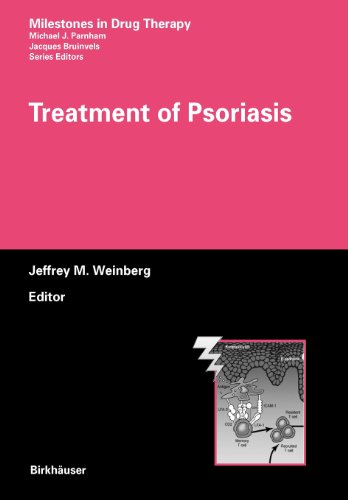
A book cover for Treatment of Psoriasis (Milestones in Drug Therapy); Medical Books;